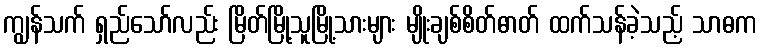
ကျွန်သက် ရှည်သော်လည်း မြိတ်မြို့သူမြို့သားများ မျိုးချစ်စိတ်ဓာတ် ထက်သန်ခဲ့သည့် သာဓက